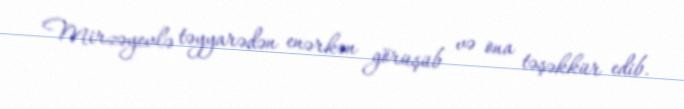
Mirzəyevlə təyyarədən enərkən görüşüb və ona təşəkkür edib.